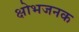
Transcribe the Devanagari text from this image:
क्षोभजनक